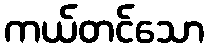
ကယ်တင်သော